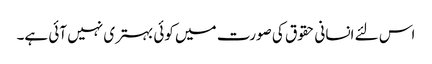
اس لئے انسانی حقوق کی صورت میں کوئی بہتری نہیں آئی ہے۔